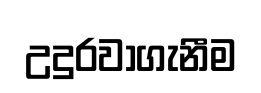
උදුරවාගැනීම